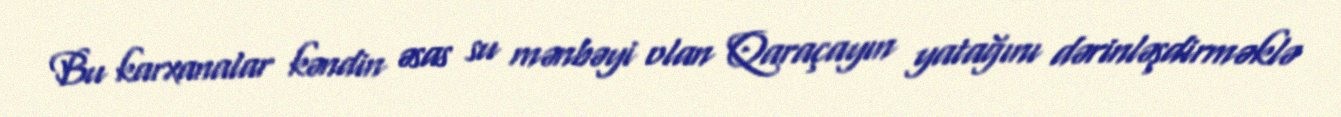
Bu karxanalar kəndin əsas su mənbəyi olan Qaraçayın yatağını dərinləşdirməklə